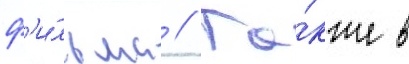
ф'и́льма // Та́кже в